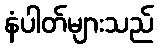
နံပါတ်များသည်